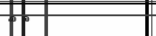
٦١